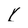
Character: l